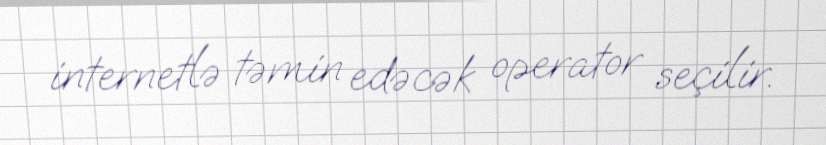
internetlə təmin edəcək operator seçilir.